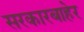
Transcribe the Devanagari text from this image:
सरकारबाहेर